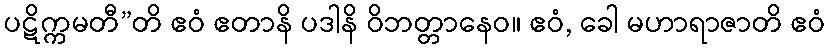
ပဋိက္ကမတီ”တိ ဧဝံ ဧတာနိ ပဒါနိ ဝိဘတ္တာနေဝ။ ဧဝံ, ခေါ မဟာရာဇာတိ ဧဝံ